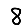
Digit: 8